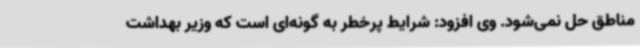
مناطق حل نمی‌شود. وی افزود: شرایط پرخطر به گونه‌ای است که وزیر بهداشت